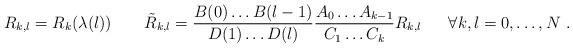
LaTeX: \begin{align*}R_{k,l}=R_k(\lambda(l))\ \ \ \ \ \ \tilde{R}_{k,l}=\frac{B(0)\dots B(l-1)}{D(1)\dots D(l)}\frac{A_0\dots A_{k-1}}{C_1\dots C_k}R_{k,l}\ \ \ \ \ \forall k,l=0,\dots,N\ .\end{align*}